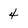
Character: 4